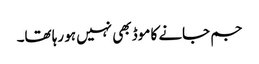
جم جانے کا موڈ بھی نہیں ہو رہا تھا۔